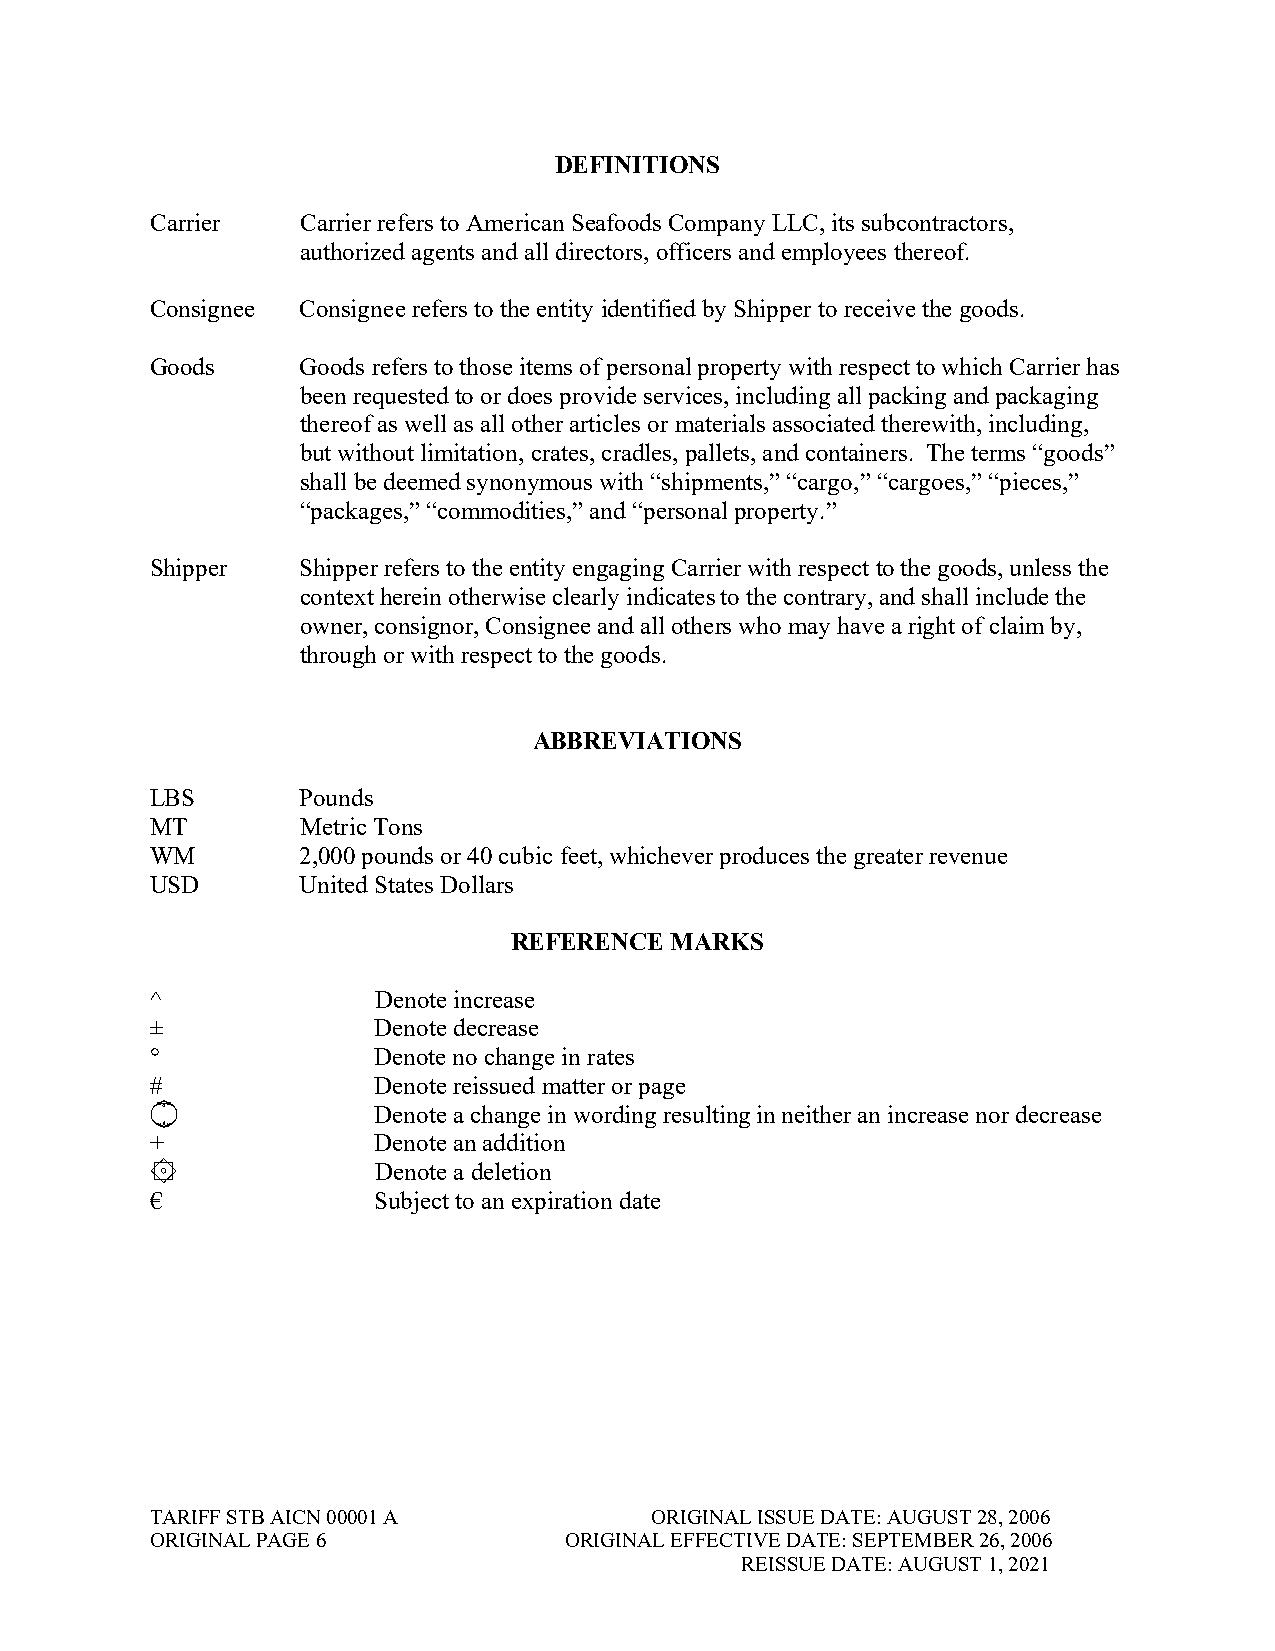
DEFINITIONS
 Carrier   Carrier refers to American Seafoods Company LLC, its subcontractors,
 authorized agents and all directors, officers and employees thereof.
 Consignee Consignee refers to the entity identified by Shipper to receive the goods.
 Goods     Goods refers to those items of personal property with respect to which Carrier has
 been requested to or does provide services, including all packing and packaging
 thereof as well as all other articles or materials associated therewith, including,
 but without limitation, crates, cradles, pallets, and containers. The terms “goods”
 shall be deemed synonymous with “shipments,” “cargo,” “cargoes,” “pieces,”
 “packages,” “commodities,” and “personal property.”
 Shipper   Shipper refers to the entity engaging Carrier with respect to the goods, unless the
 context herein otherwise clearly indicates to the contrary, and shall include the
 owner, consignor, Consignee and all others who may have a right of claim by,
 through or with respect to the goods.
 ABBREVIATIONS
 LBS       Pounds
 MT        Metric Tons
 WM        2,000 pounds or 40 cubic feet, whichever produces the greater revenue
 USD       United States Dollars
 REFERENCE MARKS
 ^              Denote increase
 ±              Denote decrease
 °              Denote no change in rates
 #              Denote reissued matter or page
 ۝              Denote a change in wording resulting in neither an increase nor decrease
 +              Denote an addition
 ۞              Denote a deletion
 €              Subject to an expiration date
 TARIFF STB AICN 00001 A          ORIGINAL ISSUE DATE: AUGUST 28, 2006
 ORIGINAL PAGE 6            ORIGINAL EFFECTIVE DATE: SEPTEMBER 26, 2006
 REISSUE DATE: AUGUST 1, 2021